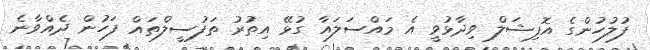
ފުލުހުންގެ އޮފިޝަލް ވިދާޅުވީ އެ މައްސަލައާ ގުޅޭ އިތުރު ތަފުސީލްތައް ފަހުން ދެއްވާނެ